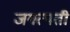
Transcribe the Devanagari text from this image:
जगत्पती